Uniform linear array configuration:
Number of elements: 32
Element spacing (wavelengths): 1
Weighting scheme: exponential
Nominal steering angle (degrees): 45
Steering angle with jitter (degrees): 46.872
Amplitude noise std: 0.05
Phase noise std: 0.05

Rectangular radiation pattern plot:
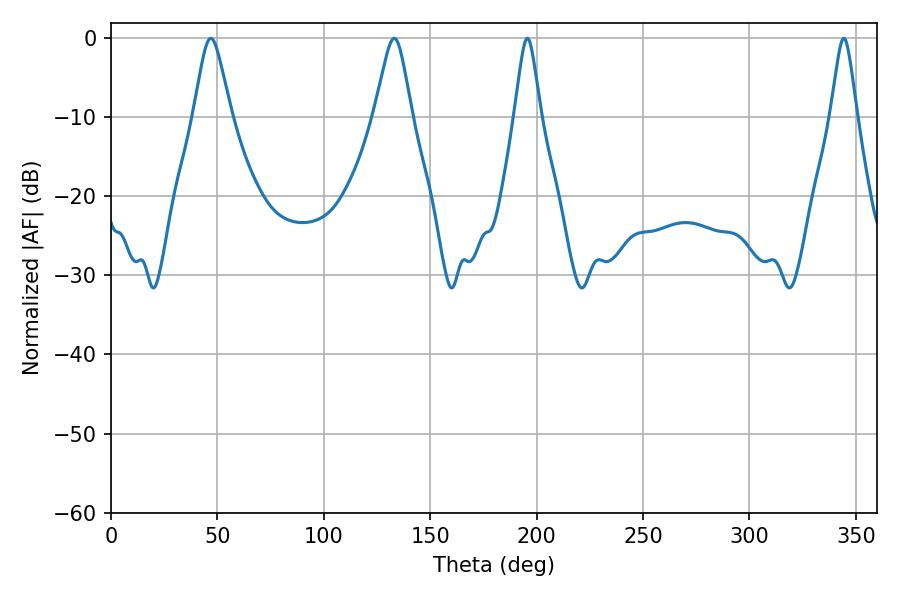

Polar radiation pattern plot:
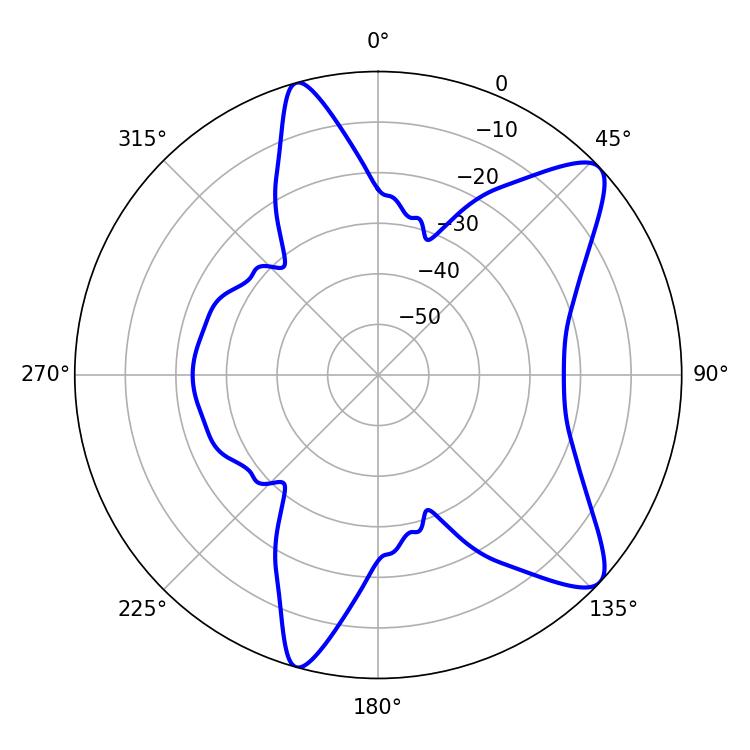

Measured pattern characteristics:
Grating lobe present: TRUE
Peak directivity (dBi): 10.049
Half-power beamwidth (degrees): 5.76
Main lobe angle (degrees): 195.66